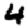
Digit: 4